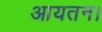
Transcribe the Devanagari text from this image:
आयतन।